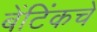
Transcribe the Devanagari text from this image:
बेंटिंकचे